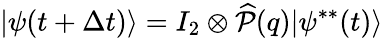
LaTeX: |\psi(t+\Delta t)\rangle=I_{2}\otimes\widehat{\mathcal{P}}(q)|\psi^{**}(t)\rangle